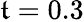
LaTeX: \mathfrak{t}=0.3